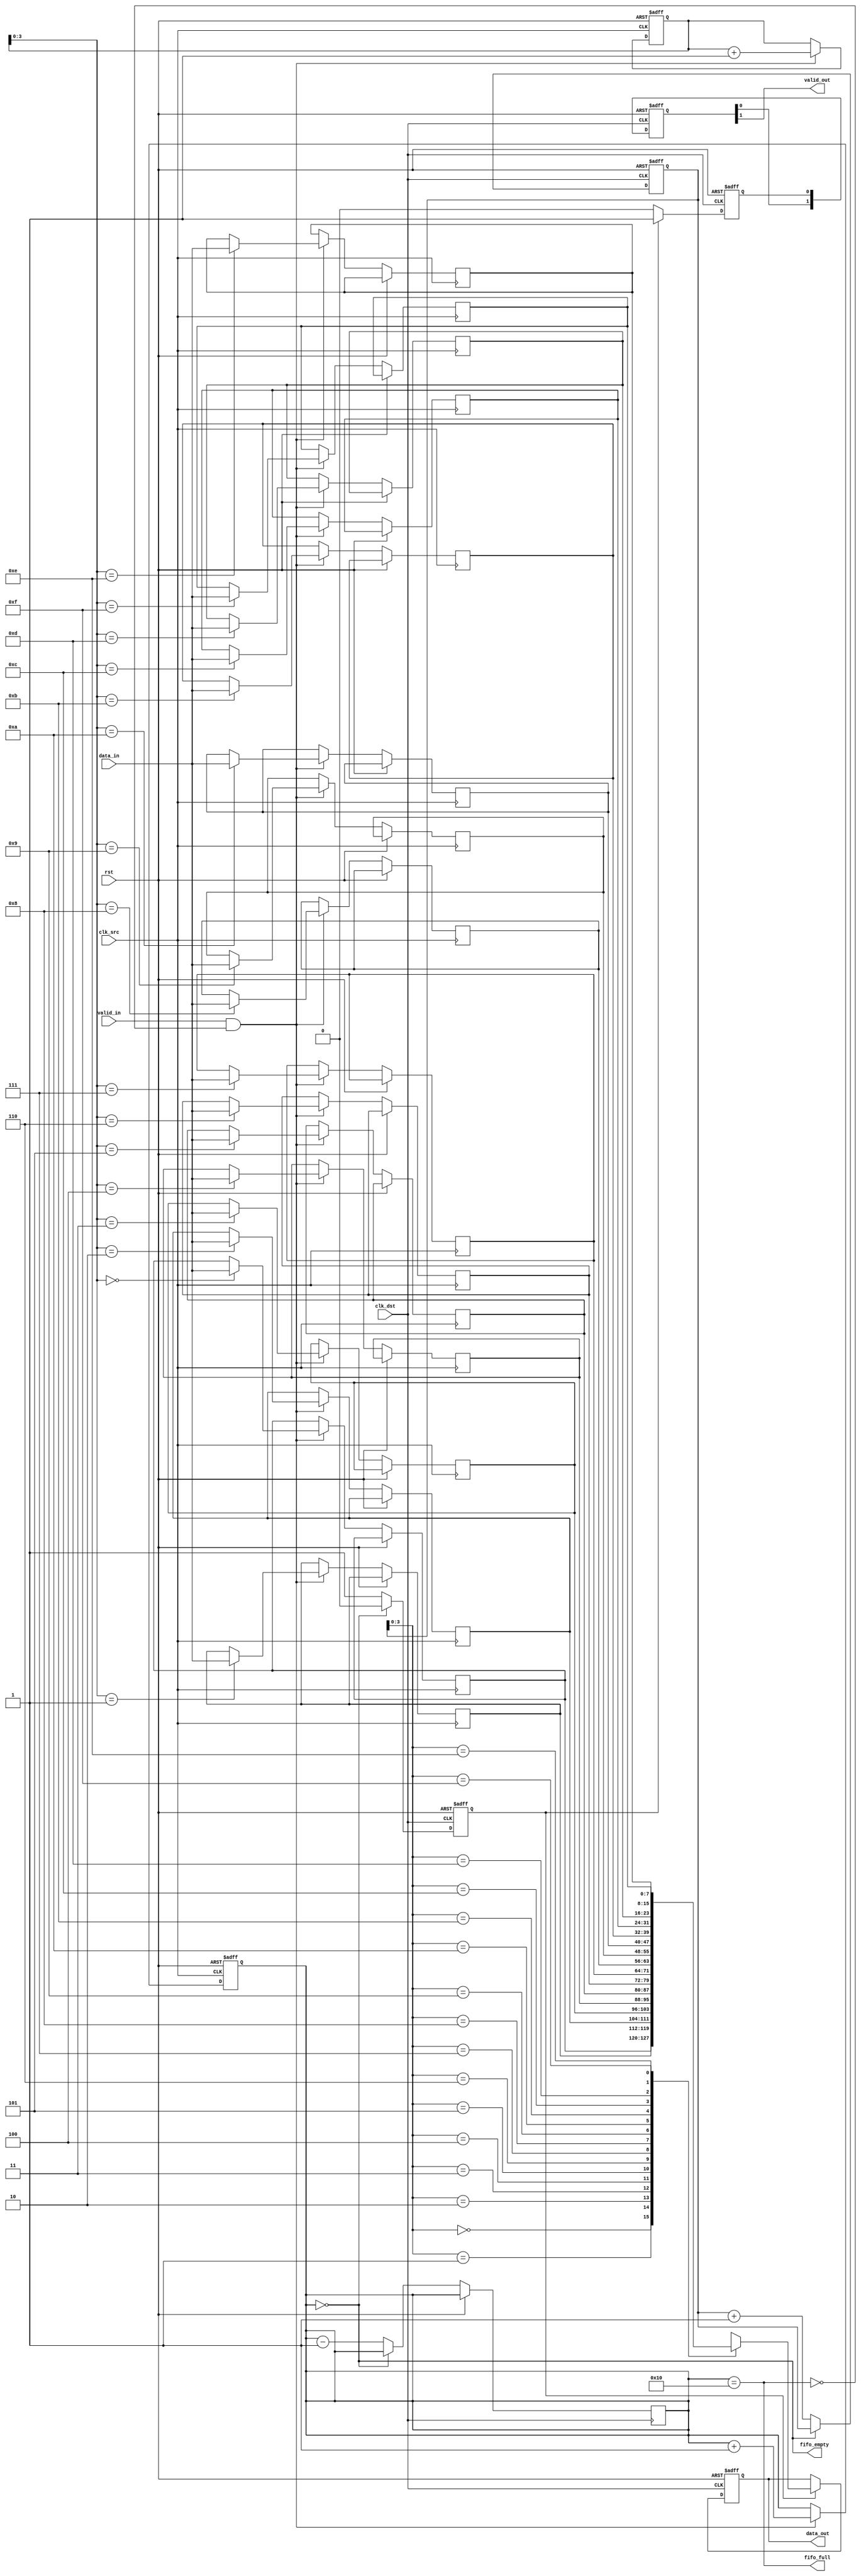
module BurstModeSynchronizer #(
    parameter DATA_WIDTH = 8, // Width of the data
    parameter FIFO_DEPTH = 16  // Depth of the FIFO
)(
    input wire clk_src,          // Source clock (fast clock)
    input wire clk_dst,          // Destination clock (slow clock)
    input wire rst,              // Asynchronous reset
    input wire [DATA_WIDTH-1:0] data_in, // Data input from source clock domain
    input wire valid_in,         // Data valid signal from source clock domain
    output wire [DATA_WIDTH-1:0] data_out, // Data output to destination clock domain
    output wire valid_out,       // Data valid signal for destination clock domain
    output wire fifo_full,       // FIFO full status
    output wire fifo_empty       // FIFO empty status
);

    // FIFO Buffer
    reg [DATA_WIDTH-1:0] fifo [0:FIFO_DEPTH-1];
    reg [4:0] write_pointer = 0; // 5 bits for depth of 16
    reg [4:0] read_pointer = 0;  // 5 bits for depth of 16
    reg [4:0] count = 0;         // Number of items in FIFO

    // Write Control Logic
    always @(posedge clk_src or posedge rst) begin
        if (rst) begin
            write_pointer <= 0;
            count <= 0;
        end else if (valid_in && !fifo_full) begin
            fifo[write_pointer] <= data_in;
            write_pointer <= write_pointer + 1;
            count <= count + 1;
        end
    end

    // Read Control Logic
    reg read_enable;
    always @(posedge clk_dst or posedge rst) begin
        if (rst) begin
            read_pointer <= 0;
            read_enable <= 0;
        end else if (!fifo_empty) begin
            read_enable <= 1;
            read_pointer <= read_pointer + 1;
            count <= count - 1;
        end else begin
            read_enable <= 0;
        end
    end

    // Synchronization Logic
    reg [DATA_WIDTH-1:0] sync_data;
    reg sync_valid;
    reg [1:0] sync_valid_reg;

    always @(posedge clk_dst or posedge rst) begin
        if (rst) begin
            sync_data <= 0;
            sync_valid <= 0;
            sync_valid_reg <= 2'b00;
        end else begin
            if (read_enable) begin
                sync_data <= fifo[read_pointer];
                sync_valid <= 1;
            end else begin
                sync_valid <= 0;
            end
            sync_valid_reg <= {sync_valid_reg[0], sync_valid}; // 2 flip-flops for synchronization
        end
    end

    // Output assignments
    assign data_out = sync_data;
    assign valid_out = sync_valid_reg[1]; // Data valid signal after synchronization
    assign fifo_full = (count == FIFO_DEPTH);
    assign fifo_empty = (count == 0);

endmodule